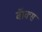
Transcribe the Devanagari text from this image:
बॅाक्स